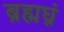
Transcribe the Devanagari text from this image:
ब्रह्मघ्नं